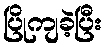
ပြိုကျခဲ့ပြီး